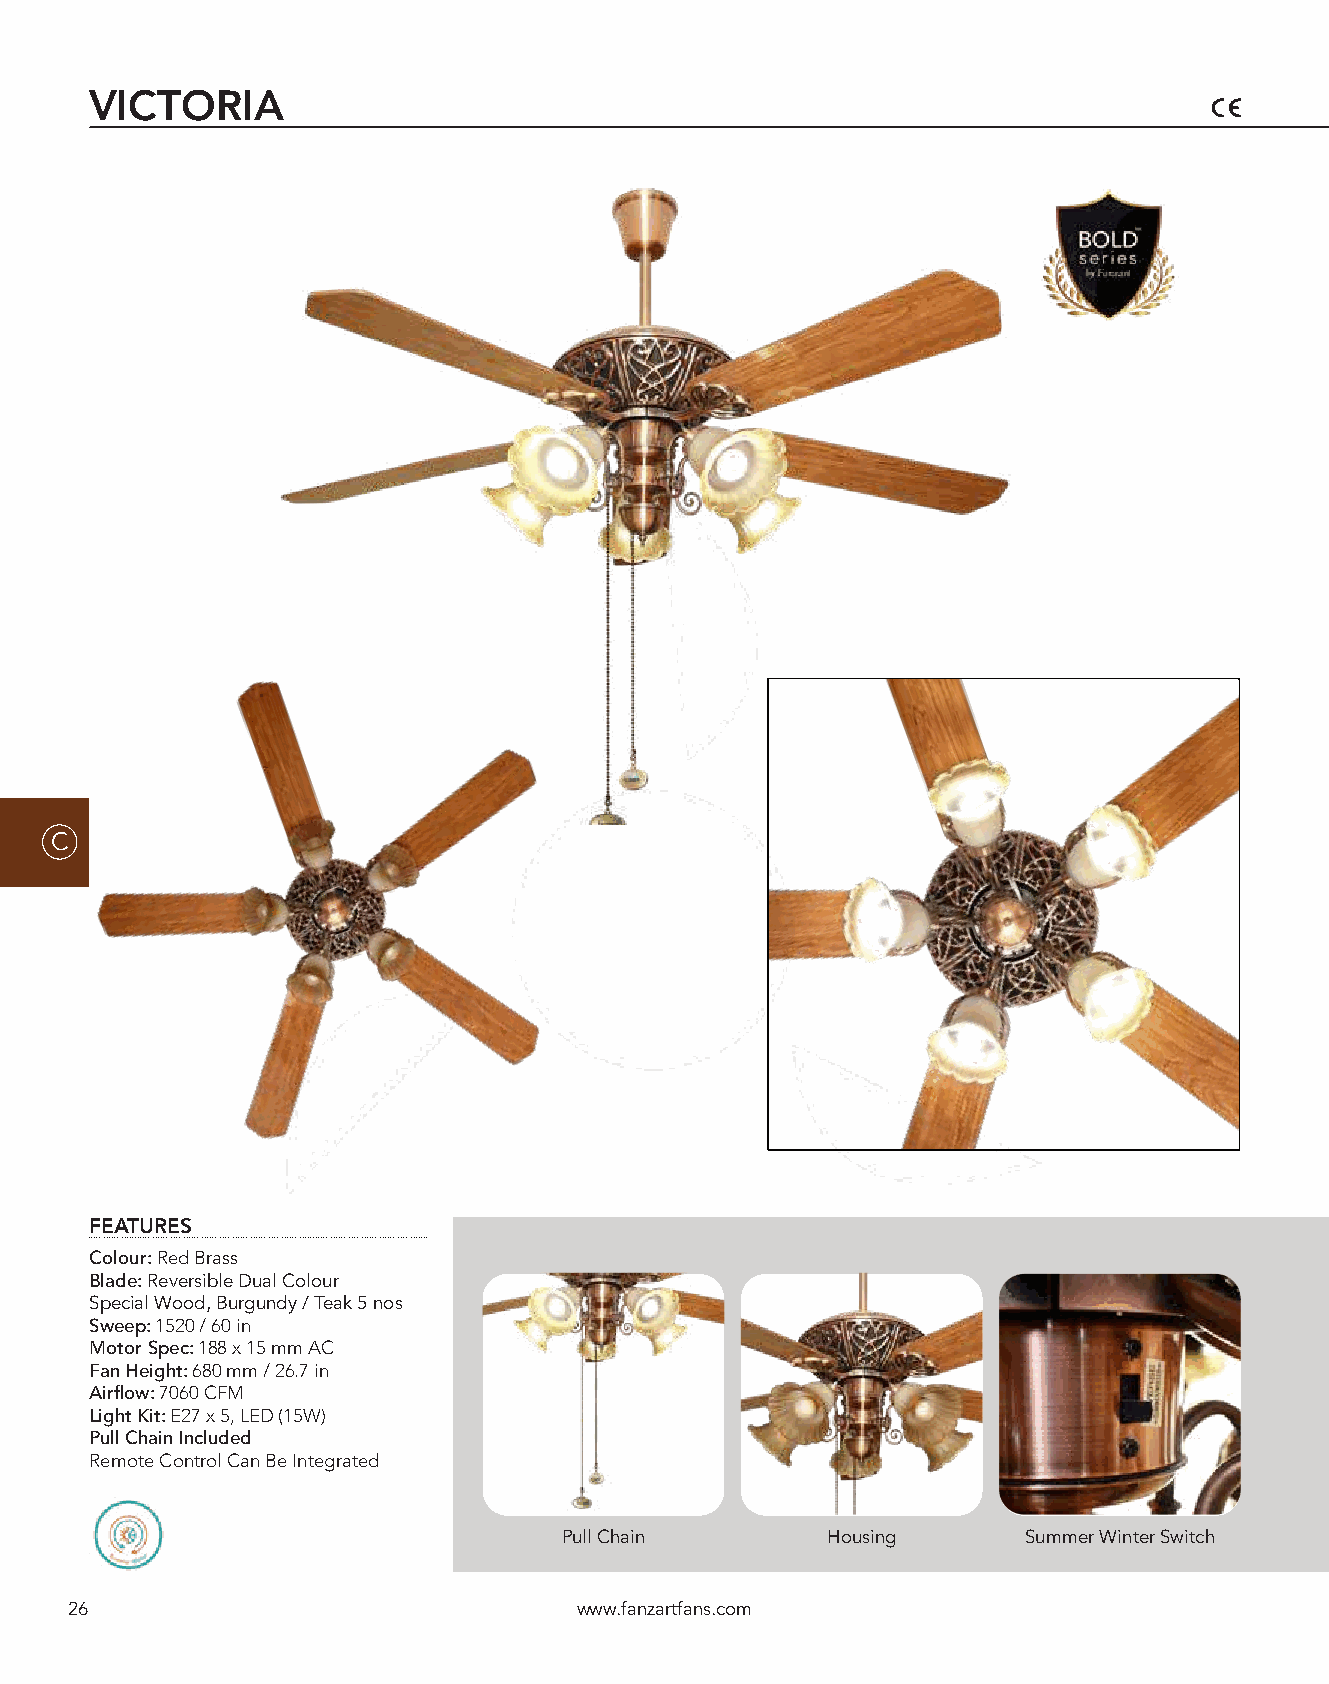
VICTORIA
 C
 FEATURES
 Colour: Red Brass
 Blade: Reversible Dual Colour
 Special Wood, Burgundy / Teak 5 nos
 Sweep: 1520 / 60 in
 Motor Spec: 188 x 15 mm AC
 Fan Height: 680 mm / 26.7 in
 Airflow: 7060 CFM
 Light Kit: E27 x 5, LED (15W)
 Pull Chain Included
 Remote Control Can Be Integrated
 Pull Chain        Housing      Summer Winter Switch
 26                                www.fanzartfans.com